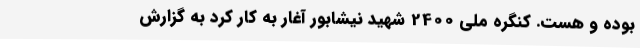
بوده و هست. کنگره ملی 2400 شهید نیشابور آغار به کار کرد به گزارش